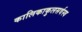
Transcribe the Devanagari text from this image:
कालिकाकुलसर्वस्व